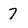
Character: 7